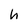
Character: h